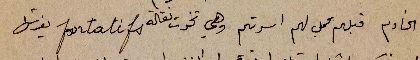
الخادم قبلهم يحمل لهم اسرتهم وهي تخوت نقالة portatifs يفرشها